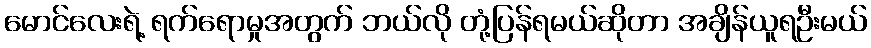
မောင်လေးရဲ့ ရက်ရောမှုအတွက် ဘယ်လို တုံ့ပြန်ရမယ်ဆိုတာ အချိန်ယူရဦးမယ်